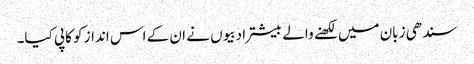
سندھی زبان میں لکھنے والے بیشتر ادبیوں نے ان کے اس انداز کو کاپی کیا۔